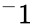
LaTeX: ^-1